Report of the Municipal Commissioner on the plague in Bombay for the year ending 31st May... - Volume 1
Disease focus: Plague
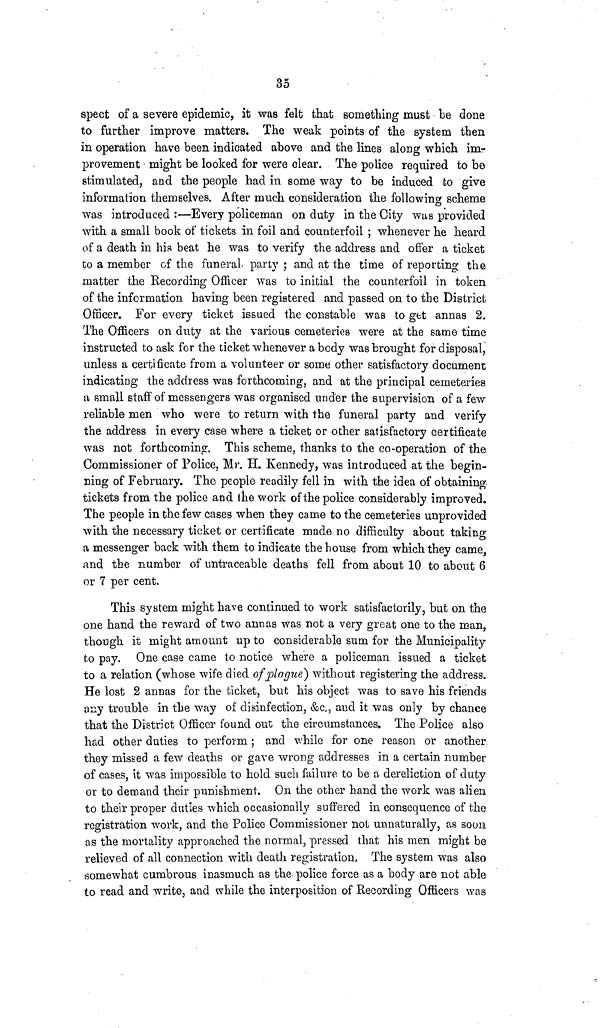
35
spect of a severe epidemic, it was felt that something must be done
to further improve matters. The weak points of the system then
in operation have been indicated above and the lines along which im-
provement might be looked for were clear. The police required to be
stimulated, and the people had in some way to be induced to give
information themselves. After much consideration the following scheme
was introduced :—Every policeman on duty in the City was provided
with a small book of tickets in foil and counterfoil ; whenever he heard
of a death in his beat he was to verify the address and offer a ticket
to a member of the funeral party ; and at the time of reporting the
matter the Recording Officer was to initial the counterfoil in token
of the information having been registered and passed on to the District
Officer. For every ticket issued the constable was to get annas 2.
The Officers on duty at the various cemeteries were at the same time
instructed to ask for the ticket whenever a body was brought for disposal,
unless a certificate from a volunteer or some other satisfactory document
indicating the address was forthcoming, and at the principal cemeteries
a small staff of messengers was organised under the supervision of a few
reliable men who were to return with the funeral party and verify
the address in every case where a ticket or other satisfactory certificate
was not forthcoming. This scheme, thanks to the co-operation of the
Commissioner of Police, Mr. H. Kennedy, was introduced at the begin-
ning of February. The people readily fell in with the idea of obtaining
tickets from the police and the work of the police considerably improved.
The people in the few cases when they came to the cemeteries unprovided
with the necessary ticket or certificate made no difficulty about taking
a messenger back with them to indicate the house from which they came,
and the number of untraceable deaths fell from about 10 to about 6
or 7 per cent.
This system might have continued to work satisfactorily, but on the
one hand the reward of two annas was not a very great one to the man,
though it might amount up to considerable sum for the Municipality
to pay. One case came to notice where a policeman issued a ticket
to a relation (whose wife died of plague) without registering the address.
He lost 2 annas for the ticket, but his object was to save his friends
any trouble in the way of disinfection, &c., and it was only by chance
that the District Officer found out the circumstances. The Police also
had other duties to perform ; and while for one reason or another
they missed a few deaths or gave wrong addresses in a certain number
of cases, it was impossible to hold such failure to be a dereliction of duty
or to demand their punishment. On the other hand the work was alien
to their proper duties which occasionally suffered in consequence of the
registration work, and the Police Commissioner not unnaturally, as soon
as the mortality approached the normal, pressed that his men might be
relieved of all connection with death registration. The system was also
somewhat cumbrous inasmuch as the. police force as a body are not able
to read and write, and while the interposition of Recording Officers was